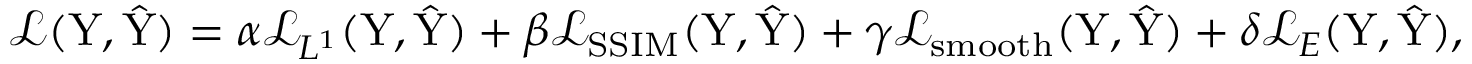
\mathcal { L } ( \mathrm { Y } , \hat { \mathrm { Y } } ) = \alpha \mathcal { L } _ { L ^ { 1 } } ( \mathrm { Y } , \hat { \mathrm { Y } } ) + \beta \mathcal { L } _ { \mathrm { S S I M } } ( \mathrm { Y } , \hat { \mathrm { Y } } ) + \gamma \mathcal { L } _ { \mathrm { s m o o t h } } ( \mathrm { Y } , \hat { \mathrm { Y } } ) + \delta \mathcal { L } _ { \boldsymbol { E } } ( \mathrm { Y } , \hat { \mathrm { Y } } ) ,